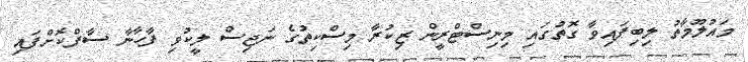
މައުލޫމާތު ލިބިފައިވާ ގޮތުގައި މިނިސްޓްރީން ޒިކުރާ މިސްކިތުގެ ނަޖިސް ލީކުވި ފާހާނާ ސާފްކޮށްފައި